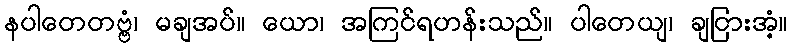
နပါတေတဗ္ဗံ၊ မချအပ်။ ယော၊ အကြင်ရဟန်းသည်။ ပါတေယျ၊ ချငြားအံ့။